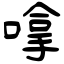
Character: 嗱